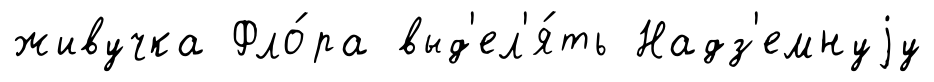
живучка Фло́ра выд'ел'я́ть Надз'емнуjу